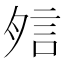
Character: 𧦇